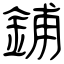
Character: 鋪